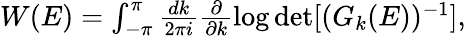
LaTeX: \begin{array}{r}{W(E)=\int_{-\pi}^{\pi}\frac{dk}{2\pi i}\frac{\partial}{\partial k}\log\operatorname*{det}[(G_{k}(E))^{-1}],}\end{array}